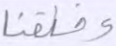
وخلقنا